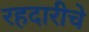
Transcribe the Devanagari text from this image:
रहदारीचे